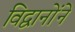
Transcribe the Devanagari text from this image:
विद्वानोंने